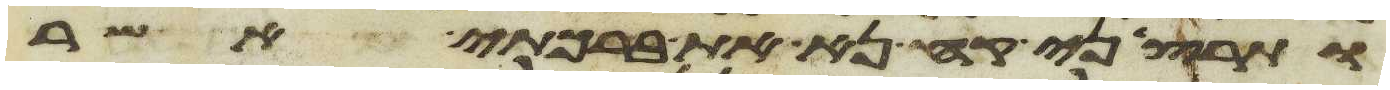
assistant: ותרצני קח נא את ברכתי אשר